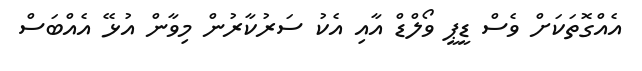
އެއްގޮތަކަށް ވެސް ޑީޕީ ވޯލްޑް އާއި އެކު ސަރުކާރުން މިވާން އުޅޭ އެއްބަސް